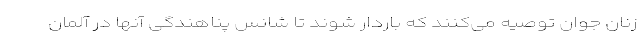
زنان جوان توصیه می‌کنند که باردار شوند تا شانس پناهندگی آنها در آلمان